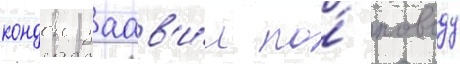
кондон заав'и́л по́ поводу